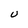
Character: U